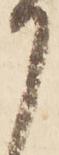
月